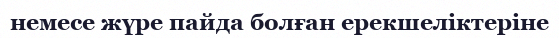
немесе жүре пайда болған ерекшеліктеріне